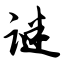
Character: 谜